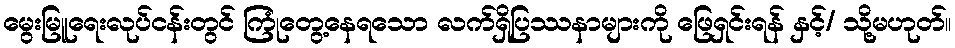
မွေးမြူရေးလုပ်ငန်းတွင် ကြုံတွေ့နေရသော လက်ရှိပြဿနာများကို ဖြေရှင်းရန် နှင့်/ သို့မဟုတ်။